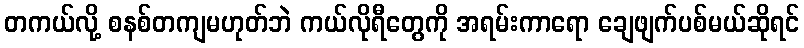
တကယ်လို့ စနစ်တကျမဟုတ်ဘဲ ကယ်လိုရီတွေကို အရမ်းကာရော ချေဖျက်ပစ်မယ်ဆိုရင်